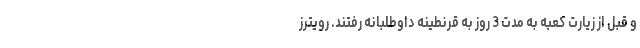
و قبل از زیارت کعبه به مدت 3 روز به قرنطینه داوطلبانه رفتند. رویترز